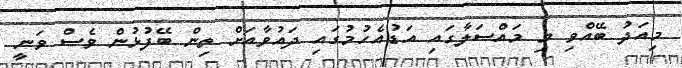
މިއަދު ބޭއްވި މި މައްސަލާގައި އަޑުއެހުމުގައި ދައުވާއަށް ތިން ބޭފުޅުން ވެސް ވަނީ